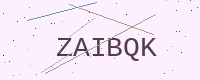
Text: ZAIBQK